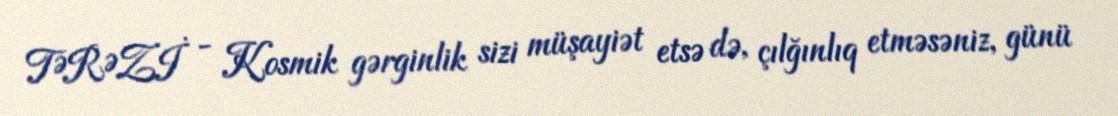
TƏRƏZİ - Kosmik gərginlik sizi müşayiət etsə də, çılğınlıq etməsəniz, günü